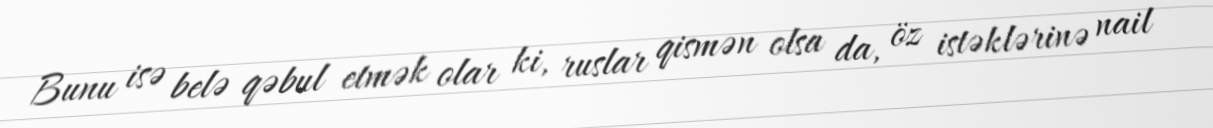
Bunu isə belə qəbul etmək olar ki, ruslar qismən olsa da, öz istəklərinə nail